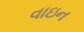
વાઇન